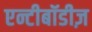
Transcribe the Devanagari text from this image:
एन्टीबॉडीज़